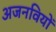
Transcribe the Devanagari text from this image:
अजनवियों